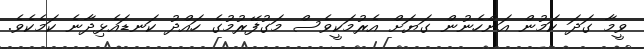
ވީމާ ގަދަ ކަމުން އަންހެނުން ގަޔަށް އެރުމަކީވެސް މަގުފޭރުމުގެ ހައްދު ކަނޑައެޅިދާނެ ކަމެކެވެ.